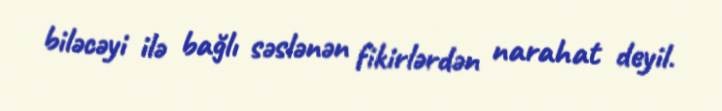
biləcəyi ilə bağlı səslənən fikirlərdən narahat deyil.